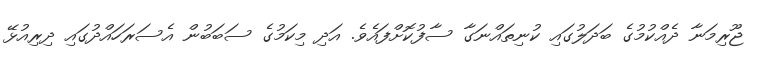
ޖޫރިމަނާ ދެއްކުމުގެ ބަދަލުގައި ކުނިތައްނަގާ ސާފުކޮށްފައެވެ. އަދި މިކަމުގެ ސަބަބުން އެސަރަހައްދުގައި ދިރިއުޅޭ